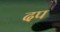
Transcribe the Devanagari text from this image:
दप